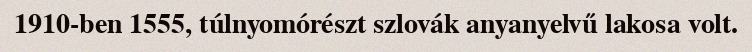
1910-ben 1555, túlnyomórészt szlovák anyanyelvű lakosa volt.